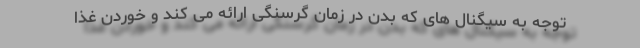
توجه به سیگنال های که بدن در زمان گرسنگی ارائه می کند و خوردن غذا